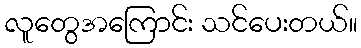
လူတွေအကြောင်း သင်ပေးတယ်။